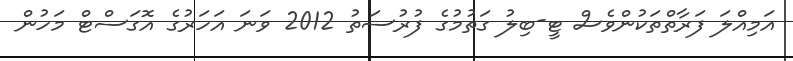
އަމިއްލަ ފަރާތްތަކުންވެސް ޓީ-ބިލު ގަތުމުގެ ފުރުސަތު 2012 ވަނަ އަހަރުގެ އޮގަސްޓް މަހުން